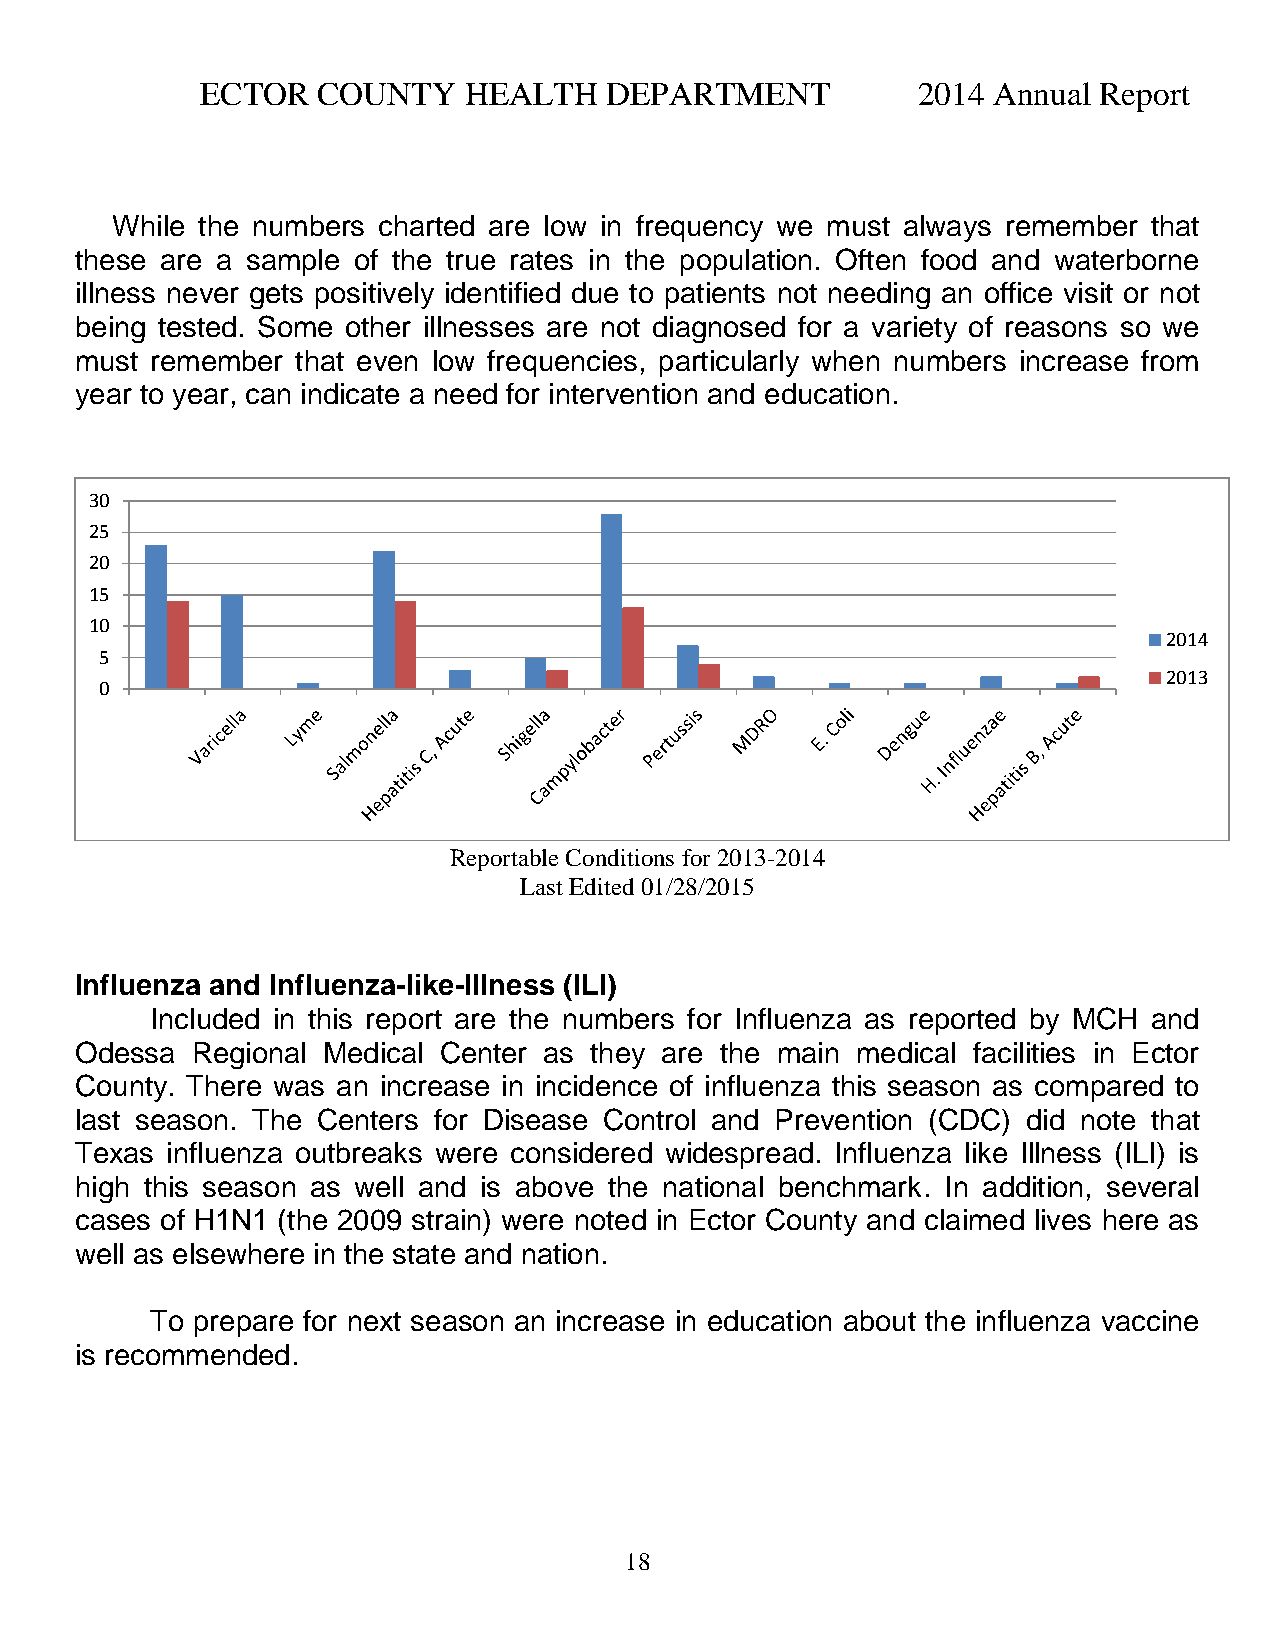
ECTOR   COUNTY    HEALTH   DEPARTMENT           2014 Annual Report
 While the numbers charted are low in frequency we must always remember that
 these are a sample of the true rates in the population. Often food and waterborne
 illness never gets positively identified due to patients not needing an office visit or not
 being tested. Some other illnesses are not diagnosed for a variety of reasons so we
 must remember  that even low frequencies, particularly when numbers increase from
 year to year, can indicate a need for intervention and education.
 30
 25
 20
 15
 10
 2014
 5
 2013
 0
 Reportable Conditions for 2013-2014
 Last Edited 01/28/2015
 Influenza and Influenza-like-Illness (ILI)
 Included in this report are the numbers for Influenza as reported by MCH and
 Odessa  Regional Medical Center as they are the main medical facilities in Ector
 County. There was an increase in incidence of influenza this season as compared to
 last season. The Centers for Disease Control and Prevention (CDC) did note that
 Texas influenza outbreaks were considered widespread. Influenza like Illness (ILI) is
 high this season as well and is above the national benchmark. In addition, several
 cases of H1N1 (the 2009 strain) were noted in Ector County and claimed lives here as
 well as elsewhere in the state and nation.
 To prepare for next season an increase in education about the influenza vaccine
 is recommended.
 18